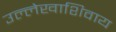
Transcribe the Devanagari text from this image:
उल्लेखाशिवाय